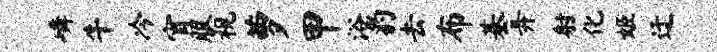
嶙牛冷宵服视萝甲浴豹去布基弄射化姬迂